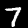
Digit: 7